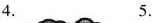
4. 5.